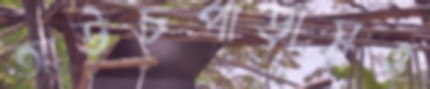
আউচপাড়াসহ